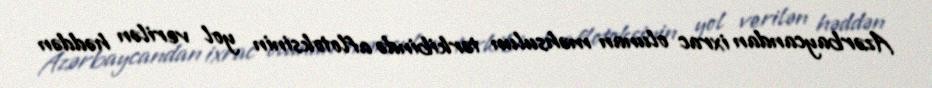
Azərbaycandan ixrac olunan məhsulun tərkibində aflotoksinin yol verilən həddən